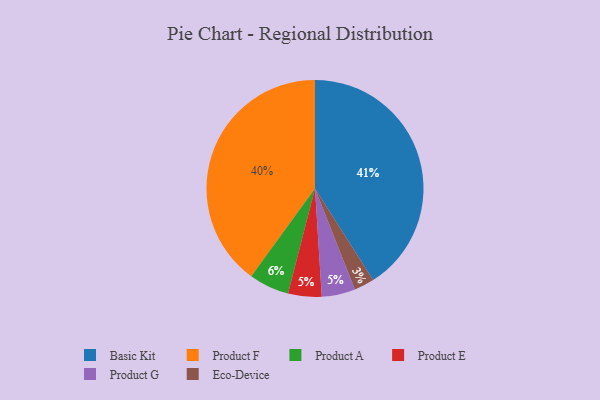
{"axis": {"x": "Category", "y": "Percentage"}, "legend": ["Basic Kit", "Eco-Device", "Product A", "Product E", "Product F", "Product G"], "data": [{"x": "Product F", "y": 40, "type": "Product F"}, {"x": "Eco-Device", "y": 3, "type": "Eco-Device"}, {"x": "Product E", "y": 5, "type": "Product E"}, {"x": "Product A", "y": 6, "type": "Product A"}, {"x": "Basic Kit", "y": 41, "type": "Basic Kit"}, {"x": "Product G", "y": 5, "type": "Product G"}]}